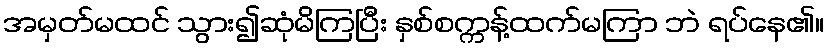
အမှတ်မထင် သွား၍ဆုံမိကြပြီး နှစ်စက္ကန့်ထက်မကြာ ဘဲ ရပ်နေ၏။